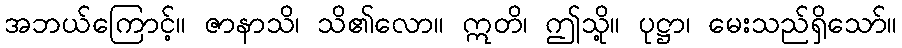
အဘယ်ကြောင့်။ ဇာနာသိ၊ သိ၏လော။ ဣတိ၊ ဤသို့။ ပုဋ္ဌာ၊ မေးသည်ရှိသော်။